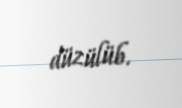
düzülüb.